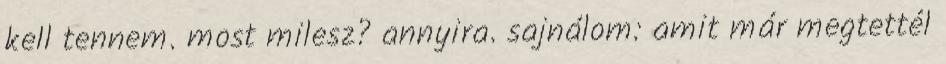
kell tennem. most milesz? annyira. sajnálom: amit már megtettél